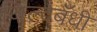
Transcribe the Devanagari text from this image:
जिल्दबँधी